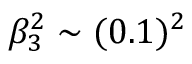
\beta _ { 3 } ^ { 2 } \sim ( 0 . 1 ) ^ { 2 }